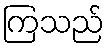
ကြသည်